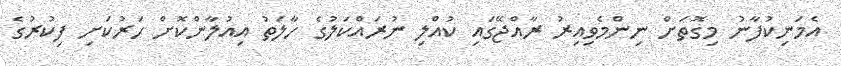
އެމަނިކުފާނު މިގޮތަށް ނިންމެވިއިރު ރާއްޖޭގައި ކުއްލި ނުރައްކަލުގެ ހާލަތު އިއުލާންކޮށް ހަރުކަށި ފިކުރުގެ